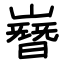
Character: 嶜